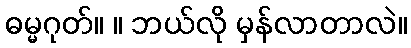
ဓမ္မဂုတ်။ ။ ဘယ်လို မှန်လာတာလဲ။